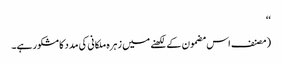
‘‘
(مصنف اس مضمون کے لکھنے میں زہرہ ملکانی کی مدد کا مشکور ہے۔